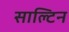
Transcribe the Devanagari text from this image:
साल्टिन